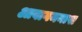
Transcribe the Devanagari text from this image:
आवागमनास